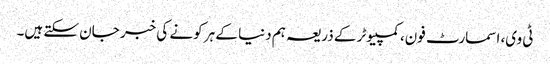
ٹی وی، اسمارٹ فون، کمپیوٹر کے ذریعہ ہم دنیا کے ہر کونے کی خبر جان سکتے ہیں۔